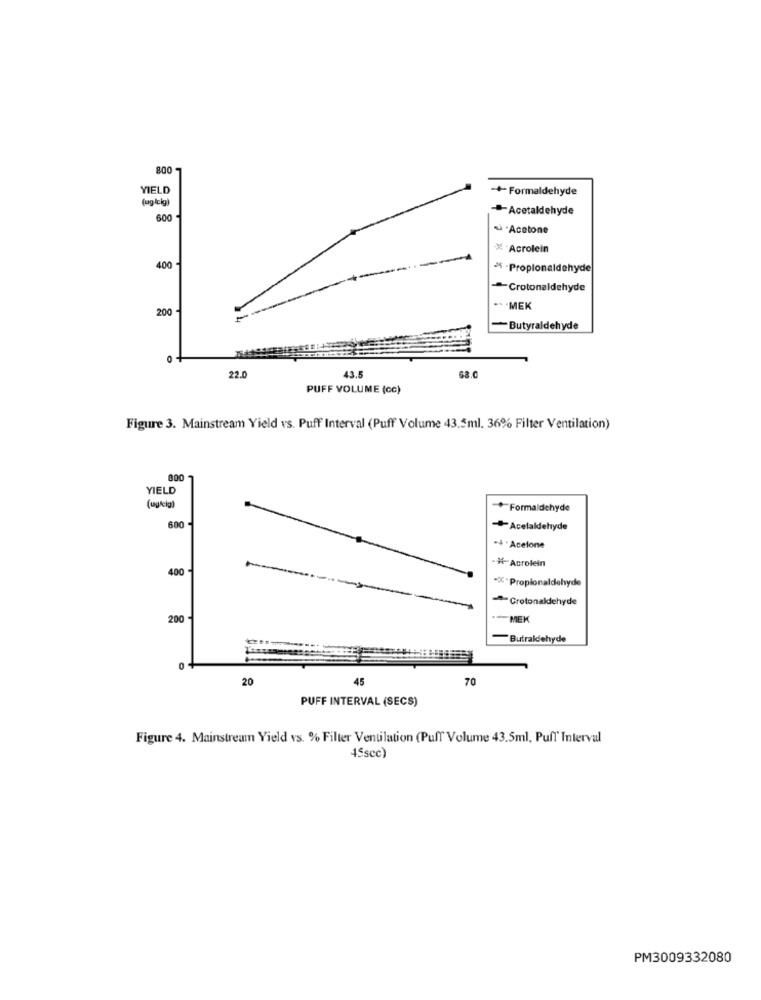
800
YIELD
-+ Formaldehyde
(ugicig)
-Acetaldehyde
600
** * Acetone
X-Acrolein
400
2% - Propionaldehyde
Crotonaldehyde
200
.* · MEK
Butyraldehyde
43.5
68.C
22.0
PUFF VOLUME (cc)
Figure 3. Mainstream Yield vs. Puff Interval (Puff Volume 43.5ml. 36% Filter Ventilation)
800
YIELD
Formaldehyde
600
Acelaldehyde
-4 . Aceione
. H Acrolein
400
"Propionaldehyde
Crotonaldehyde
200
MEK
Butraldehyde
20
45
70
PUFF INTERVAL (SECS)
Figure 4. Mainstream Yield vs. % Filter Ventilation (Puff Volume 43.5ml, Puff' Interval
4Sscc)
PM3009332080